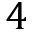
4